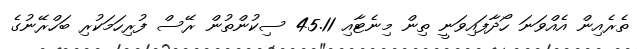
ތެރެއިން އެއްވަނަ ހޯދާފައިވަނީ ތިން މިނެޓާއި 45.11 ސިކުންތުން ރޭސް ފުރިހަމަކުރި ބަހްރޭނުގެ